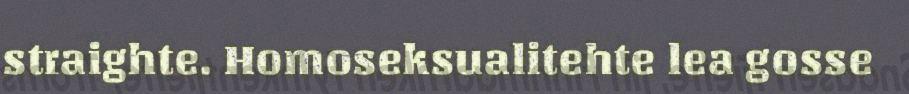
straighte. Homoseksualitehte lea gosse